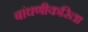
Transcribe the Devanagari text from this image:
बांधणीकरिता